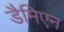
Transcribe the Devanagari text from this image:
डैमिएन